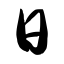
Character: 日